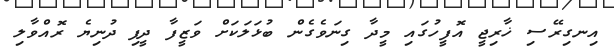
އިނގިރޭސި ޚާރިޖީ އޮފީހުގައި މީދާ ގިނަވެގެން ބުޅަލަކަށް ވަޒީފާ ދީފި ދުނިޔެ ރޮއްވާލި